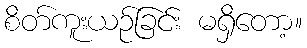
စိတ်ကူးယဉ်ခြင်း မရှိတော့။